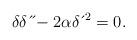
LaTeX: \begin{align*}\delta \delta \,\acute{}\,\acute{}-2\alpha \delta \,\acute{}\,^{2}=0. \end{align*}